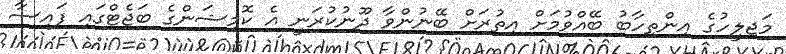
މަޖިލީހުގެ އިންތިހާބު ބޭއްވުމަށް އިތުރަށް ބޭނުންވާ ދޫނުކުރަނީ އެ ކޮމިޝަންގެ ބަޖެޓްގައި ފައިސާ